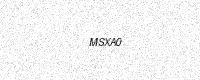
Text: MSXA0